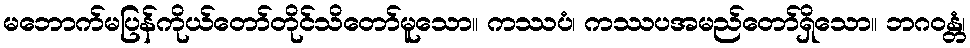
မဘောက်မပြန်ကိုယ်တော်တိုင်သိတော်မူသော။ ကဿပံ၊ ကဿပအမည်တော်ရှိသော။ ဘဂဝန္တံ၊